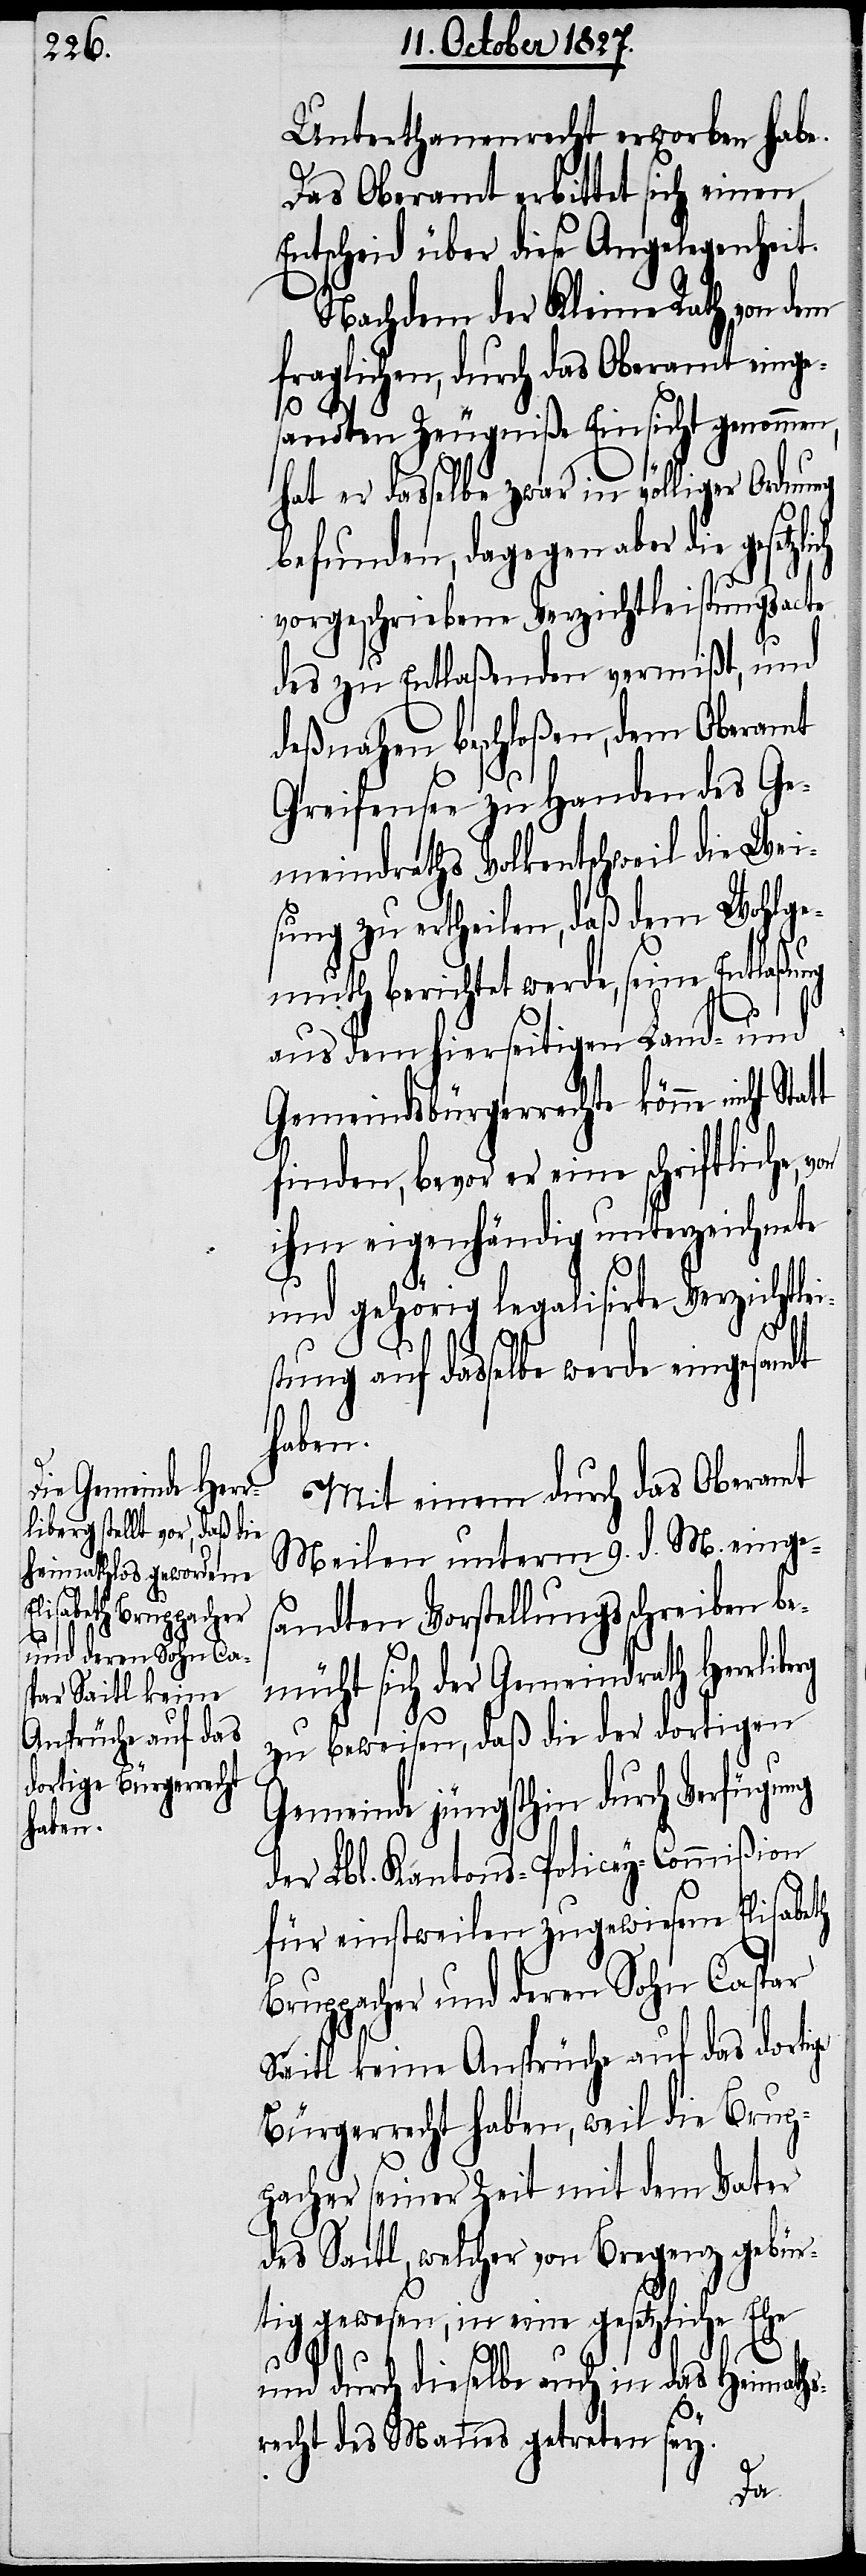
Unterthanenrecht erworben habe.
Das Oberamt erbittet sich einen
Entscheid über diese Angelegenheit.
Nachdem der Kleine Rath von dem
fraglichen, durch das Oberamt einge¬
sandten Zeugniße Einsicht genommen,
hat er dasselbe zwar in völliger Ordnung
befunden, dagegen aber die
vorgeschriebene Verzichtleistungsacte
des zu Entlaßenden vermißt, und
deßnahen beschloßen, dem Oberamt
Greifensee zu Handen des Ge¬
meindraths Volkentschweil die Wei¬
sung zu ertheilen, daß dem Wohlge¬
muth berichtet werde, seine Entlaßung
aus dem hierseitigen Land- und
Gemeindsbürgerrechte könne nicht
finden, bevor er eine schriftliche,
ihm eigenhändig unterzeichnete
und gehörig legalisirte Verzichtlei¬
berg
stung auf dasselbe werde eingesandt
haben.
Mit einem durch das Oberamt
Meilen unterm 9. d. M. einges¬
andten Vorstellungsschreiben be¬
müht sich der Gemeindrath Herrli¬
zu beweisen, daß die der dortigen
Gemeinde jüngsthin durch Verfügung
der Lbl. Kantons-Policey-Commißion
für einstweilen zugewiesene Elisabeth
Bruppacher und deren Sohn Caspar
Saitl keine Ansprüche auf das dortige
Bürgerrecht haben, weil die Brup¬
pacher seiner Zeit mit dem Vater
des Saitl, welcher von Bregenz gebür¬
tig gewesen, in eine gesetzliche Ehe
und durch dieselbe auch in das Heimaths¬
recht des Mannes getreten sey.